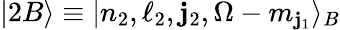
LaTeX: |2B\rangle\equiv|n_{2},\ell_{2},\mathbf{j}_{2},\Omega-m_{\mathbf{j}_{1}}\rangle_{B}